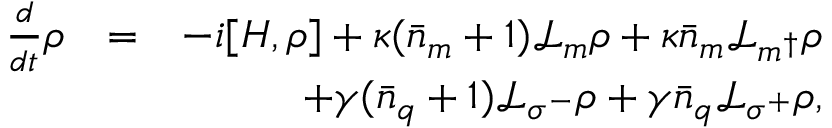
\begin{array} { r l r } { \frac { d } { d t } \rho } & { = } & { - i [ H , \rho ] + \kappa ( \bar { n } _ { m } + 1 ) \mathcal { L } _ { m } \rho + \kappa \bar { n } _ { m } \mathcal { L } _ { m ^ { \dagger } } \rho } \\ & { } & { + \gamma ( \bar { n } _ { q } + 1 ) \mathcal { L } _ { \sigma ^ { - } } \rho + \gamma \bar { n } _ { q } \mathcal { L } _ { \sigma ^ { + } } \rho , } \end{array}